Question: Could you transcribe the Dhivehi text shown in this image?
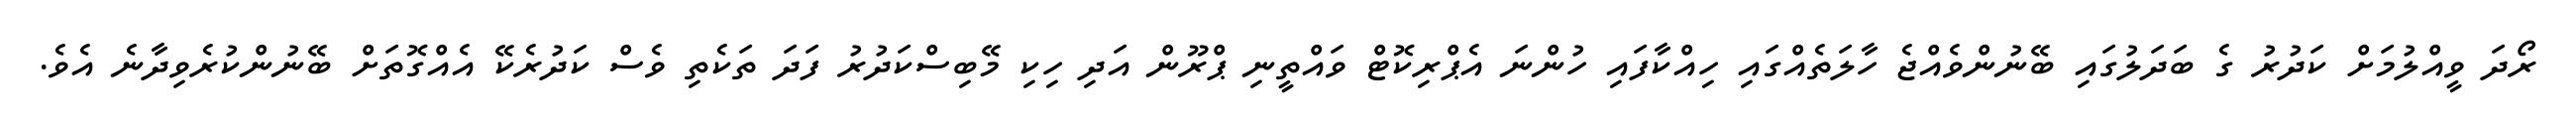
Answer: ރޯދަ ވީއްލުމަށް ކަދުރު ގެ ބަދަލުގައި ބޭނުންވެއްޖެ ހާލަތެއްގައި ހިއްކާފައި ހުންނަ އެޕްރިކޮޓް ވައްތީނި ޕްރޫން އަދި ހިކި މޭބިސްކަދުރު ފަދަ ތަކެތި ވެސް ކަދުރެކޭ އެއްގޮތަށް ބޭނުންކުރެވިދާނެ އެވެ.